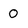
Character: O